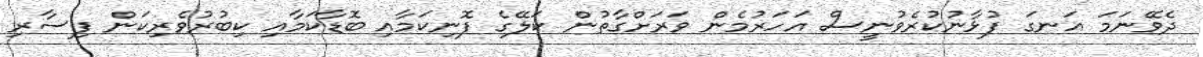
ދެވޭނަމަ އަނގަ ފުޅާނުކުރެވުނީސް އަހަރުމެން ވަރަށްގާތުން ކަލޭގެ ފޮނިކަމާއި ބޮޑާކަމާއި ކިބުރުވެރިކަން ފިސާރި